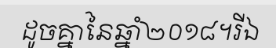
ដូចគ្នានៃឆ្នាំ២០១៨។រីឯ